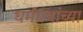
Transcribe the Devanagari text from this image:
धर्मग्रंथांच्या